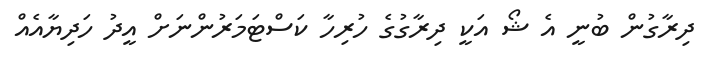
ދިރާގުން ބުނީ އެ ޝޯ އަކީ ދިރާގުގެ ހުރިހާ ކަސްޓަމަރުންނަށް އީދު ހަދިޔާއެއް